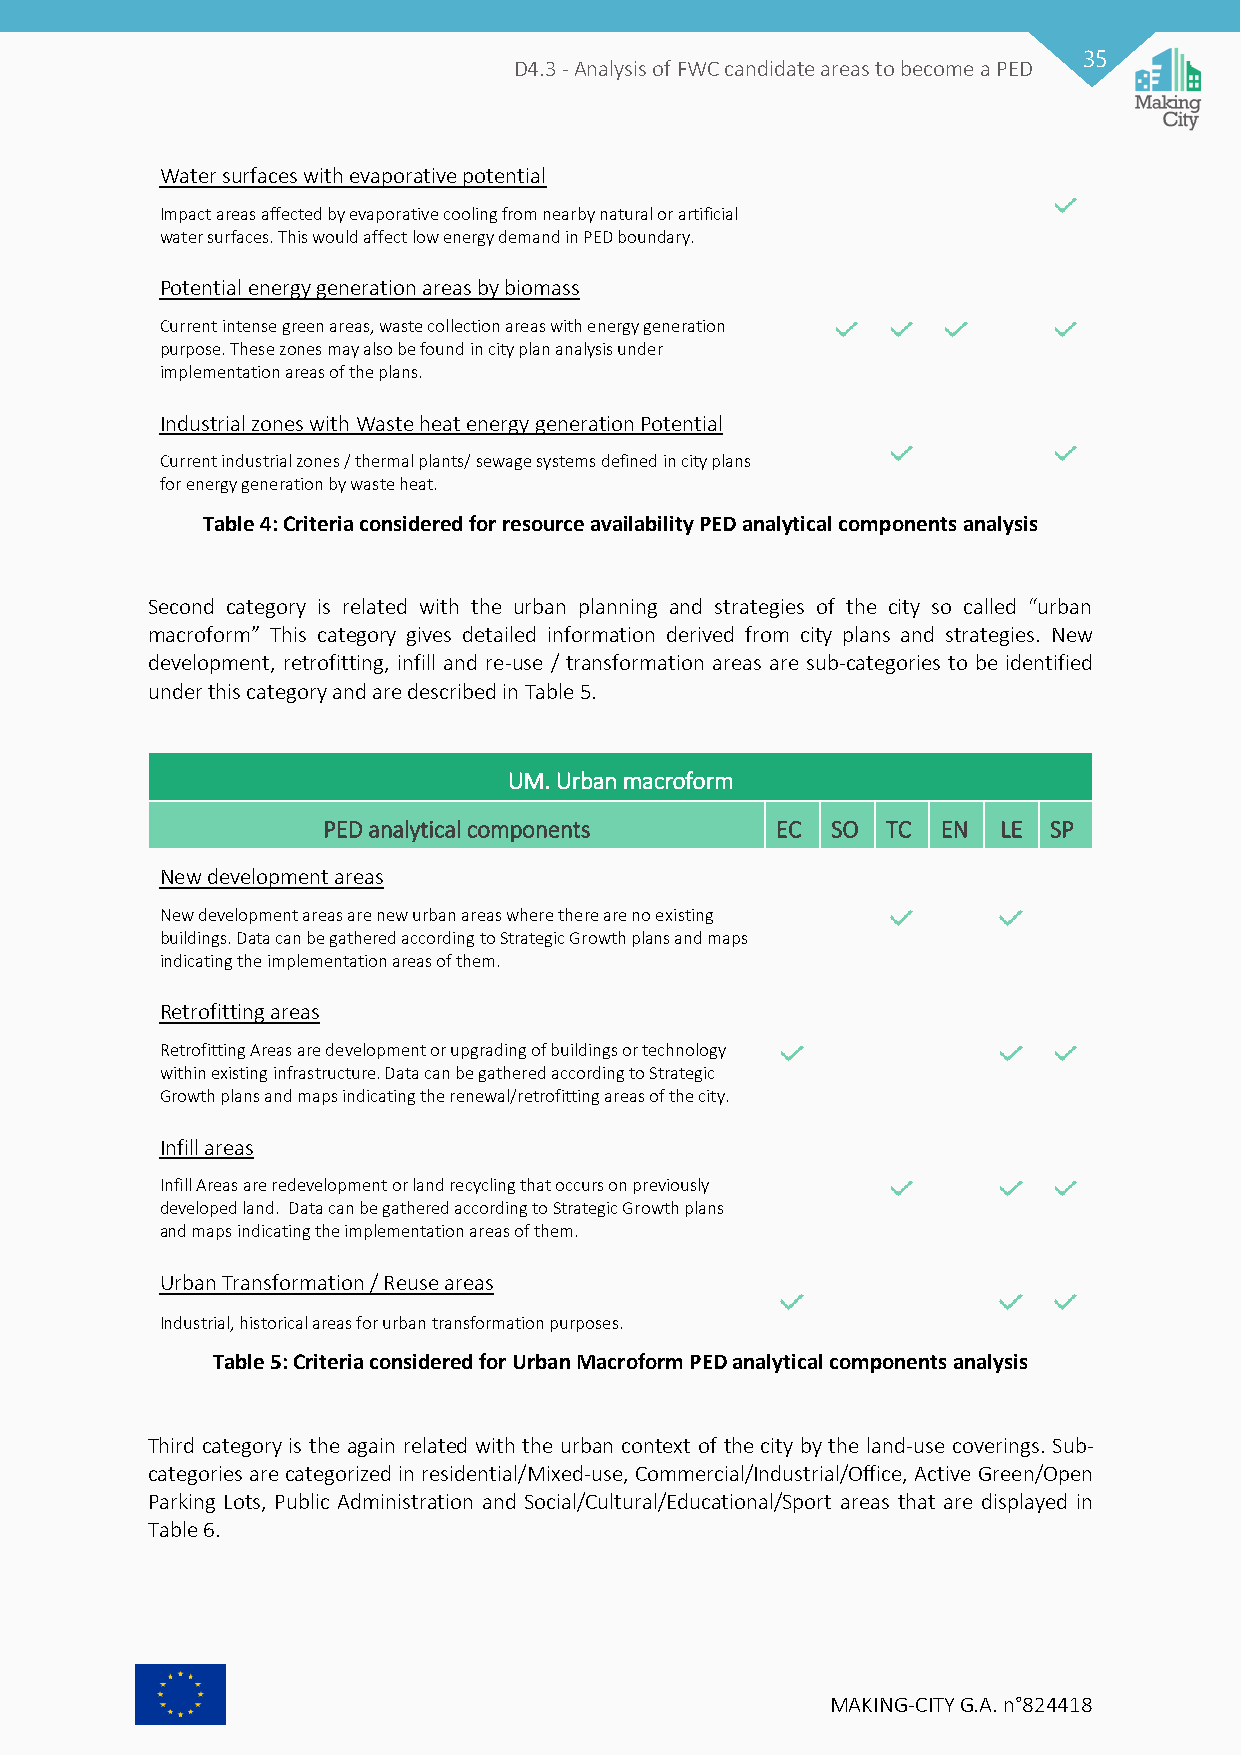
35
 D4.3 - Analysis of FWC candidate areas to become a PED
 Water surfaces with evaporative potential
 Impact areas affected by evaporative cooling from nearby natural or artificial
 water surfaces. This would affect low energy demand in PED boundary.
 Potential energy generation areas by biomass
 Current intense green areas, waste collection areas with energy generation
 purpose. These zones may also be found in city plan analysis under
 implementation areas of the plans.
 Industrial zones with Waste heat energy generation Potential
 Current industrial zones / thermal plants/ sewage systems defined in city plans
 for energy generation by waste heat.
 Table 4: Criteria considered for resource availability PED analytical components analysis
 Second category is related with the urban planning and strategies of the city so called “urban
 macroform” This category gives detailed information derived from city plans and strategies. New
 development, retrofitting, infill and re-use / transformation areas are sub-categories to be identified
 under this category and are described in Table 5.
 UM. Urban macroform
 PED analytical components     EC  SO  TC EN  LE SP
 New development areas
 New development areas are new urban areas where there are no existing
 buildings. Data can be gathered according to Strategic Growth plans and maps
 indicating the implementation areas of them.
 Retrofitting areas
 Retrofitting Areas are development or upgrading of buildings or technology
 within existing infrastructure. Data can be gathered according to Strategic
 Growth plans and maps indicating the renewal/retrofitting areas of the city.
 Infill areas
 Infill Areas are redevelopment or land recycling that occurs on previously
 developed land. Data can be gathered according to Strategic Growth plans
 and maps indicating the implementation areas of them.
 Urban Transformation / Reuse areas
 Industrial, historical areas for urban transformation purposes.
 Table 5: Criteria considered for Urban Macroform PED analytical components analysis
 Third category is the again related with the urban context of the city by the land-use coverings. Sub-
 categories are categorized in residential/Mixed-use, Commercial/Industrial/Office, Active Green/Open
 Parking Lots, Public Administration and Social/Cultural/Educational/Sport areas that are displayed in
 Table 6.
 MAKING-CITY G.A. n°824418